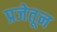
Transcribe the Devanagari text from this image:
प्रजेतून